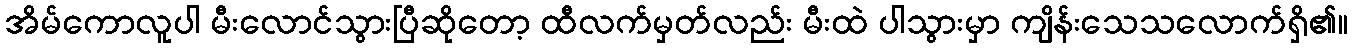
အိမ်ကောလူပါ မီးလောင်သွားပြီဆိုတော့ ထီလက်မှတ်လည်း မီးထဲ ပါသွားမှာ ကျိန်းသေသလောက်ရှိ၏။